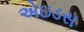
એઇડસ